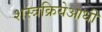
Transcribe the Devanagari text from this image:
शस्त्रक्रियेआधी